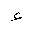
Letter: _hamza